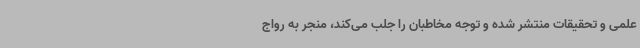
علمی و تحقیقات منتشر شده و توجه مخاطبان را جلب می‌کند، منجر به رواج